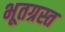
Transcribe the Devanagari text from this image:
भूतग्रस्त